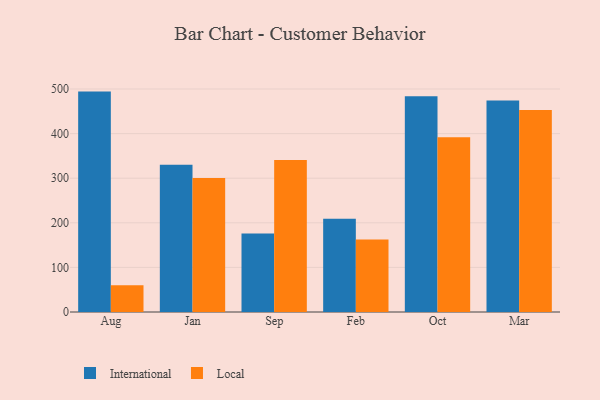
{"axis": {"x": "Month", "y": "Net Income (USD K)"}, "legend": ["International", "Local"], "data": [{"x": "Aug", "y": 494.2, "type": "International"}, {"x": "Aug", "y": 59.9, "type": "Local"}, {"x": "Jan", "y": 329.9, "type": "International"}, {"x": "Jan", "y": 300.5, "type": "Local"}, {"x": "Sep", "y": 176.2, "type": "International"}, {"x": "Sep", "y": 340.9, "type": "Local"}, {"x": "Feb", "y": 209.0, "type": "International"}, {"x": "Feb", "y": 162.4, "type": "Local"}, {"x": "Oct", "y": 483.9, "type": "International"}, {"x": "Oct", "y": 391.9, "type": "Local"}, {"x": "Mar", "y": 474.1, "type": "International"}, {"x": "Mar", "y": 453.1, "type": "Local"}]}